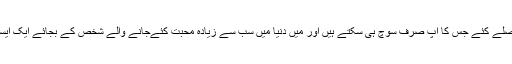
کنیڈین نژاد گلوکار نے یہ بھی انکشاف کیا کہ 20 سال کی عمر میں ایسے فیصلے کئے جس کا آپ صرف سوچ ہی سکتے ہیں اور میں دنیا میں سب سے زیادہ محبت کئےجانے والے شخص کے بجائے ایک ایسا شخص بن گیا جس کی دنیا بھر میں سب سے زیادہ تضحیک کی جانے لگی۔